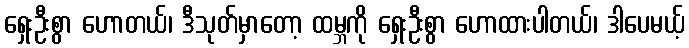
ရှေးဦးစွာ ဟောတယ်၊ ဒီသုတ်မှာတော့ ထမ္ဘကို ရှေးဦးစွာ ဟောထားပါတယ်၊ ဒါပေမယ့်